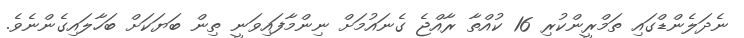
ނެދަލެންޑްގައި ތަމްރީންކުރި 16 ކުއްތާ ރާއްޖެ ގެނައުމަށް ނިންމާފައިވަނީ ތިން ބަޔަކަށް ބަހާލައިގެންނެވެ.